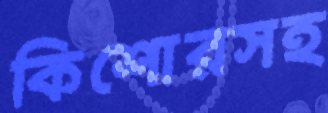
কিশোরসহ